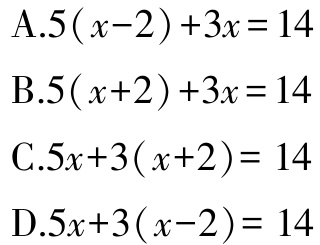
A.$5(x - 2)+3x = 14$
B.$5(x + 2)+3x = 14$
C.$5x+3(x + 2)= 14$
D.$5x+3(x - 2)= 14$